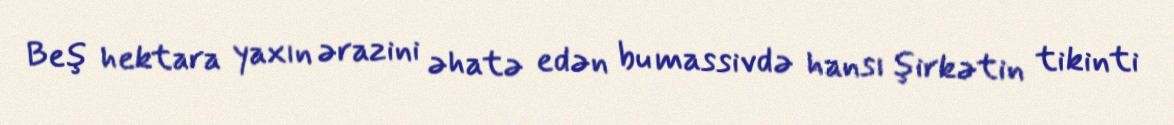
Beş hektara yaxın ərazini əhatə edən bu massivdə hansı şirkətin tikinti